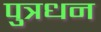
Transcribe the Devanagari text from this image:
पुत्रधन